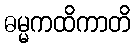
ဓမ္မကထိကာတိ